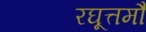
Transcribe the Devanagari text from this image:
रघूत्तमौ